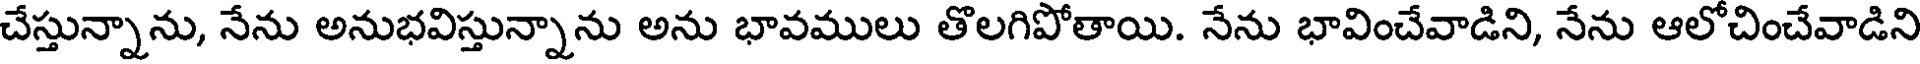
చేస్తున్నాను, నేను అనుభవిస్తున్నాను అను భావములు తొలగిపోతాయి. నేను భావించేవాడిని, నేను ఆలోచించేవాడిని